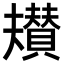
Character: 𮚡